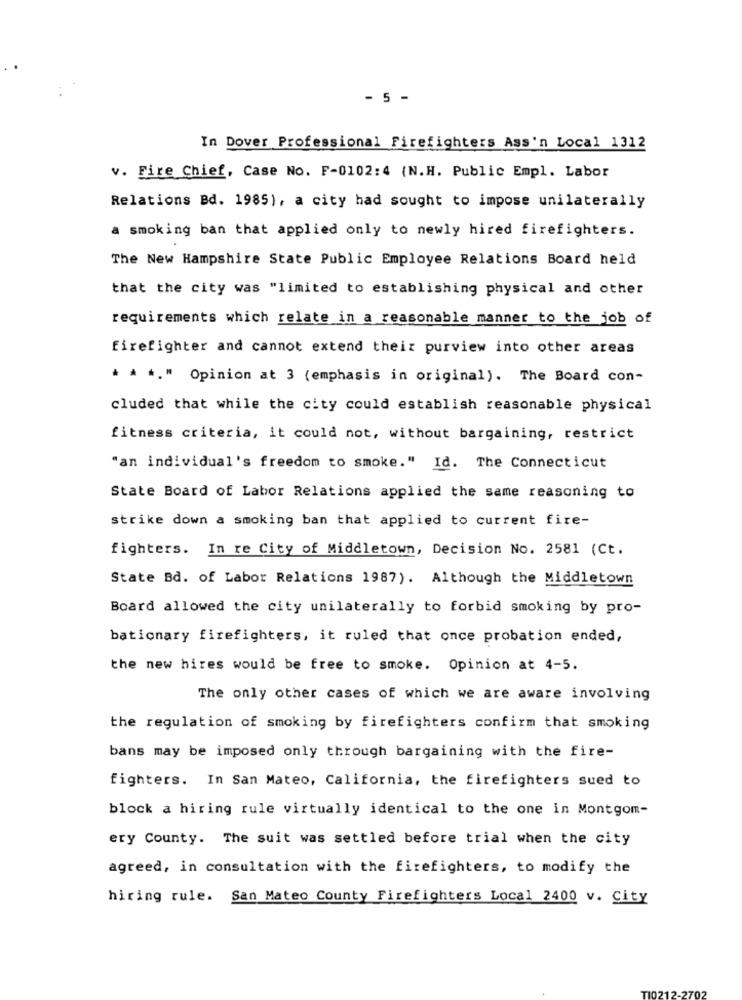
- 5 -
In Dover Professional Firefighters Ass'n Local 1312
v. Fire Chief, Case No. F-0102:4 {N.H. Public Empl. Labor
Relations Bd. 1985), a city had sought to impose unilaterally
a smoking ban that applied only to newly hired firefighters.
The New Hampshire State Public Employee Relations Board held
that the city was "limited to establishing physical and other
requirements which relate in a reasonable manner to the job of
firefighter and cannot extend their purview into other areas
* * *. " Opinion at 3 (emphasis in original). The Board con-
cluded that while the city could establish reasonable physical
fitness criteria, it could not, without bargaining, restrict
"an individual's freedom to smoke." Id. The Connecticut
State Board of Labor Relations applied the same reasoning to
strike down a smoking ban that applied to current fire-
fighters. In re City of Middletown, Decision No. 2581 (Ct.
State Bd. of Labor Relations 1987). Although the Middletown
Board allowed the city unilaterally to forbid smoking by pro-
bationary firefighters, it ruled that once probation ended,
the new hires would be free to smoke. Opinion at 4-5.
The only other cases of which we are aware involving
the regulation of smoking by firefighters confirm that smoking
bans may be imposed only through bargaining with the fire-
fighters. In San Mateo, California, the firefighters sued to
block a hiring rule virtually identical to the one in Montgom-
ery County. The suit was settled before trial when the city
agreed, in consultation with the firefighters, to modify the
hiring rule. San Mateo County Firefighters Local 2400 v. City